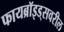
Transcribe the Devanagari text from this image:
फायब्रॉइड्‌सवरील